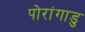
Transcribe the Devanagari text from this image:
पोरांगाडु